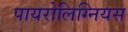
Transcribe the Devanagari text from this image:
पायरोलिग्नियस